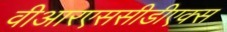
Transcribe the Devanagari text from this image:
वीआरएससीडीएक्स